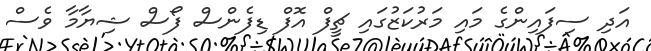
އަދި ސިފައިންގެ މައި މަރުކަޒުގައި ޗީފް އޮފް ޑިފެންސް ފޯސް ޝިޔާމާ ވެސް